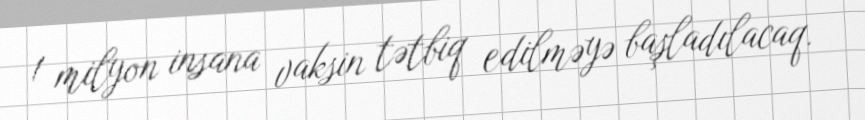
1 milyon insana vaksin tətbiq edilməyə başladılacaq.